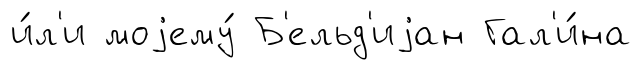
и́л'и моjему́ Б'ельд'иjан Гал'и́на